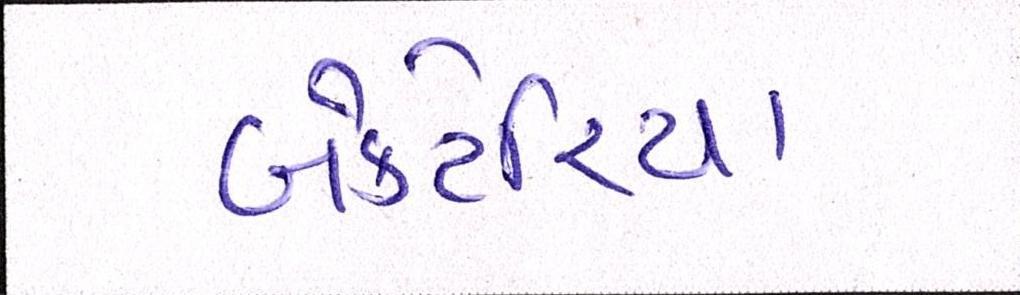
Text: બેક્ટેરિયા